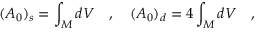
( A _ { 0 } ) _ { s } = \int _ { \cal M } d V ~ ~ ~ , ~ ~ ~ ( A _ { 0 } ) _ { d } = 4 \int _ { \cal M } d V ~ ~ ~ ,